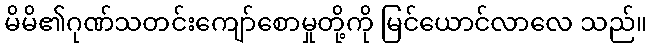
မိမိ၏ဂုဏ်သတင်းကျော်စောမှုတို့ကို မြင်ယောင်လာလေ သည်။